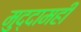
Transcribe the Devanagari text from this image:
मुद्दामही